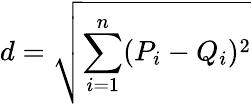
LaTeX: d=\sqrt{\sum_{i=1}^{n}(P_{i}-Q_{i})^{2}}